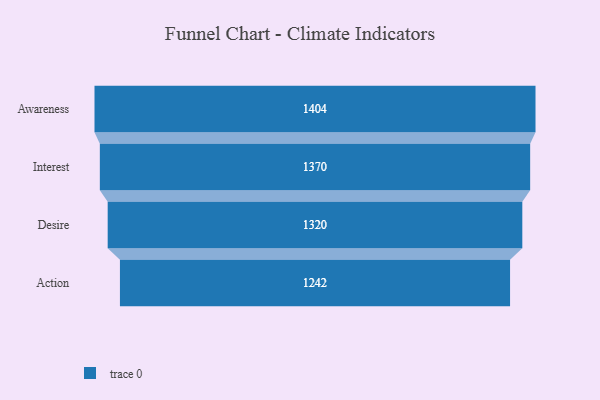
{"axis": {"x": "Stage", "y": "Value"}, "legend": [""], "data": [{"x": "Awareness", "y": 1404.0, "type": ""}, {"x": "Interest", "y": 1370.0, "type": ""}, {"x": "Desire", "y": 1320.0, "type": ""}, {"x": "Action", "y": 1242.0, "type": ""}]}